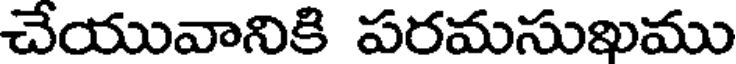
చేయువానికి పరమసుఖము